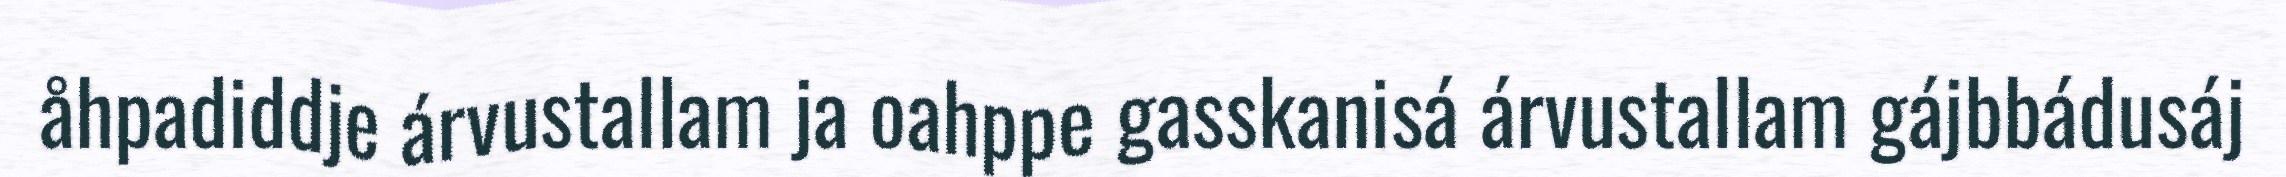
åhpadiddje árvustallam ja oahppe gasskanisá árvustallam gájbbádusáj